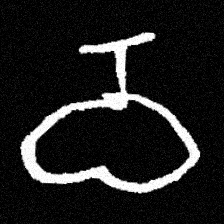
Pyu character \u2014 Myanmar letter: ဝ (romanized: wa)